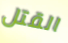
القتل